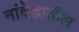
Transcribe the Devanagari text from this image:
नांदेडातील